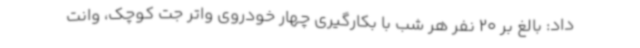
داد: بالغ بر 20 نفر هر شب با بکارگیری چهار خودروی واتر جت کوچک، وانت